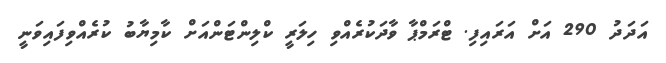
އަދަދު 290 އަށް އަރައިފި. ޓްރަމްޕާ ވާދަކުރެއްވި ހިލަރީ ކްލިންޓަންއަށް ކާމިޔާބު ކުރެއްވިފައިވަނީ